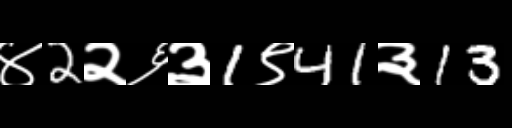
Text: ४2२६३1९41३13